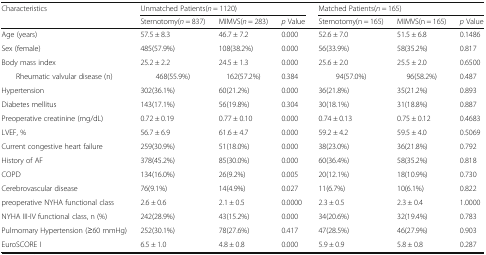
<table><thead><tr><td rowspan="2"><b>Characteristics</b></td><td colspan="3"><b>Unmatched Patients(<i>n</i> = 1120)</b></td><td colspan="3"><b>Matched Patients(<i>n</i> = 165)</b></td></tr><tr><td><b>Sternotomy(<i>n</i> = 837)</b></td><td><b>MIMVS(<i>n</i> = 283)</b></td><td><b><i>p</i> Value</b></td><td><b>Sternotomy(n = 165)</b></td><td><b>MIMVS(n = 165)</b></td><td><b><i>p</i> Value</b></td></tr></thead><tbody><tr><td>Age (years)</td><td>57.5 ± 8.3</td><td>46.7 ± 7.2</td><td>0.000</td><td>52.6 ± 7.0</td><td>51.5 ± 6.8</td><td>0.1486</td></tr><tr><td>Sex (female)</td><td>485(57.9%)</td><td>108(38.2%)</td><td>0.000</td><td>56(33.9%)</td><td>58(35.2%)</td><td>0.817</td></tr><tr><td>Body mass index</td><td>25.2 ± 2.2</td><td>24.5 ± 1.3</td><td>0.000</td><td>25.6 ± 2.0</td><td>25.5 ± 2.0</td><td>0.6500</td></tr><tr><td>Rheumatic valvular disease (n)</td><td>468(55.9%)</td><td>162(57.2%)</td><td>0.384</td><td>94(57.0%)</td><td>96(58.2%)</td><td>0.487</td></tr><tr><td>Hypertension</td><td>302(36.1%)</td><td>60(21.2%)</td><td>0.000</td><td>36(21.8%)</td><td>35(21.2%)</td><td>0.893</td></tr><tr><td>Diabetes mellitus</td><td>143(17.1%)</td><td>56(19.8%)</td><td>0.304</td><td>30(18.1%)</td><td>31(18.8%)</td><td>0.887</td></tr><tr><td>Preoperative creatinine (mg/dL)</td><td>0.72 ± 0.19</td><td>0.77 ± 0.10</td><td>0.000</td><td>0.74 ± 0.13</td><td>0.75 ± 0.12</td><td>0.4683</td></tr><tr><td>LVEF, %</td><td>56.7 ± 6.9</td><td>61.6 ± 4.7</td><td>0.000</td><td>59.2 ± 4.2</td><td>59.5 ± 4.0</td><td>0.5069</td></tr><tr><td>Current congestive heart failure</td><td>259(30.9%)</td><td>51(18.0%)</td><td>0.000</td><td>38(23.0%)</td><td>36(21.8%)</td><td>0.792</td></tr><tr><td>History of AF</td><td>378(45.2%)</td><td>85(30.0%)</td><td>0.000</td><td>60(36.4%)</td><td>58(35.2%)</td><td>0.818</td></tr><tr><td>COPD</td><td>134(16.0%)</td><td>26(9.2%)</td><td>0.005</td><td>20(12.1%)</td><td>18(10.9%)</td><td>0.730</td></tr><tr><td>Cerebrovascular disease</td><td>76(9.1%)</td><td>14(4.9%)</td><td>0.027</td><td>11(6.7%)</td><td>10(6.1%)</td><td>0.822</td></tr><tr><td>preoperative NYHA functional class</td><td>2.6 ± 0.6</td><td>2.1 ± 0.5</td><td>0.0000</td><td>2.3 ± 0.5</td><td>2.3 ± 0.4</td><td>1.0000</td></tr><tr><td>NYHA III-IV functional class, n (%)</td><td>242(28.9%)</td><td>43(15.2%)</td><td>0.000</td><td>34(20.6%)</td><td>32(19.4%)</td><td>0.783</td></tr><tr><td>Pulmomary Hypertension (≥60 mmHg)</td><td>252(30.1%)</td><td>78(27.6%)</td><td>0.417</td><td>47(28.5%)</td><td>46(27.9%)</td><td>0.903</td></tr><tr><td>EuroSCORE I</td><td>6.5 ± 1.0</td><td>4.8 ± 0.8</td><td>0.000</td><td>5.9 ± 0.9</td><td>5.8 ± 0.8</td><td>0.287</td></tr></tbody></table>